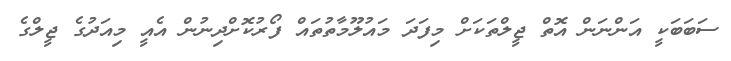
ސަބަބަކީ އަންނަން އޮތް ޖީލްތަކަށް މިފަދަ މައުލޫމާތުތައް ފޯރުކޮށްދިނުން އެއީ މިއަދުގެ ޖީލްގެ